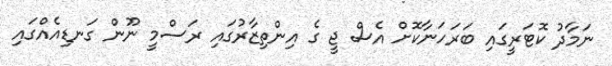
ނަމާދު ކޮޓަރީގައި ބަރަހަނާކޮށް އެސް ޖީ ގެ އިންތިޒާރުގައި ރަސްމީ ނޫން ގަނޑިއެއްގައި